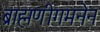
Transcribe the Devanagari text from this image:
ब्राह्मणीगमनेन